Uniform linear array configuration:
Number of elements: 12
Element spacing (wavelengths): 1
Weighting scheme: kaiser
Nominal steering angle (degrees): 15
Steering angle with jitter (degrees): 14.026
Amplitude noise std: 0.05
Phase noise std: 0.05

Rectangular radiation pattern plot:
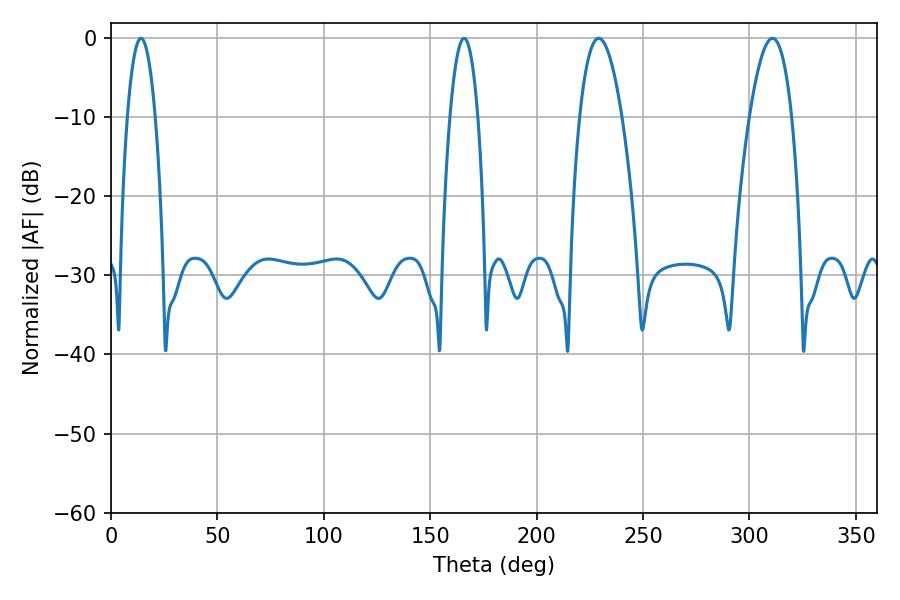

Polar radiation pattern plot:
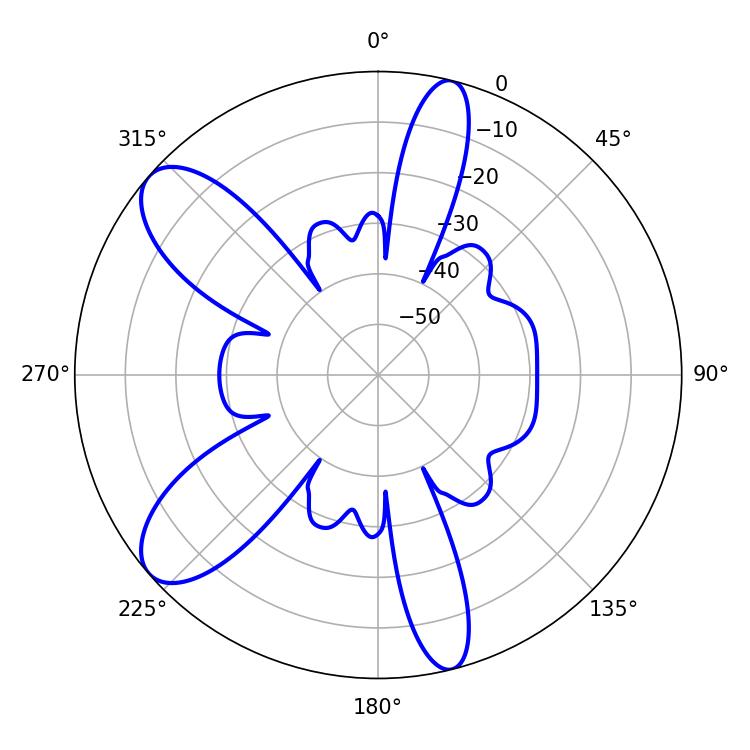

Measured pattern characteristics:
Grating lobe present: TRUE
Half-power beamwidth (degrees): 10.98
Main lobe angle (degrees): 229.14